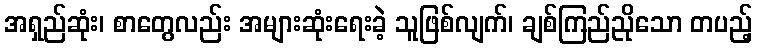
အရှည်ဆုံး၊ စာတွေလည်း အများဆုံးရေးခဲ့ သူဖြစ်လျက်၊ ချစ်ကြည်ညိုသော တပည့်